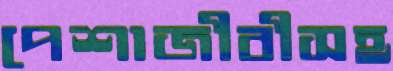
পেশাজীবীসহ